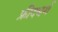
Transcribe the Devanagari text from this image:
फ्रीदबर्ग